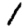
Digit: 1